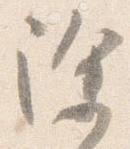
除